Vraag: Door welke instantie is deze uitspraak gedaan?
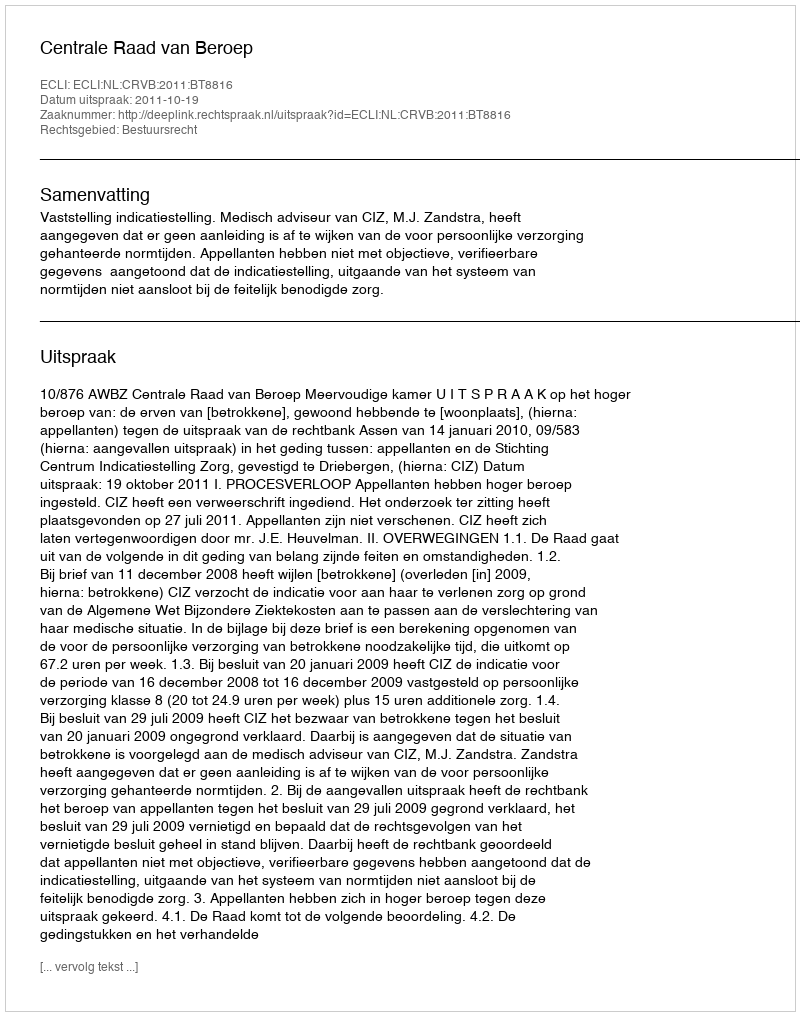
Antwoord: Centrale Raad van Beroep